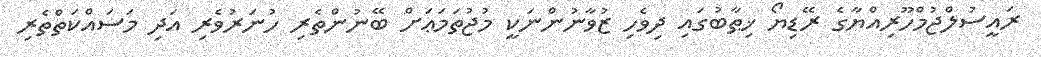
ރައީސުލްޖުމްހޫރިއްޔާގެ ރޭޑިޔޯ ޚިޠާބުގައި ދިވެހި ޒުވާނުންނަކީ މުޖުތަމަޢަށް ބޭނުންތެރި ހުނަރުވެރި އަދި މަސައްކަތްތެރި